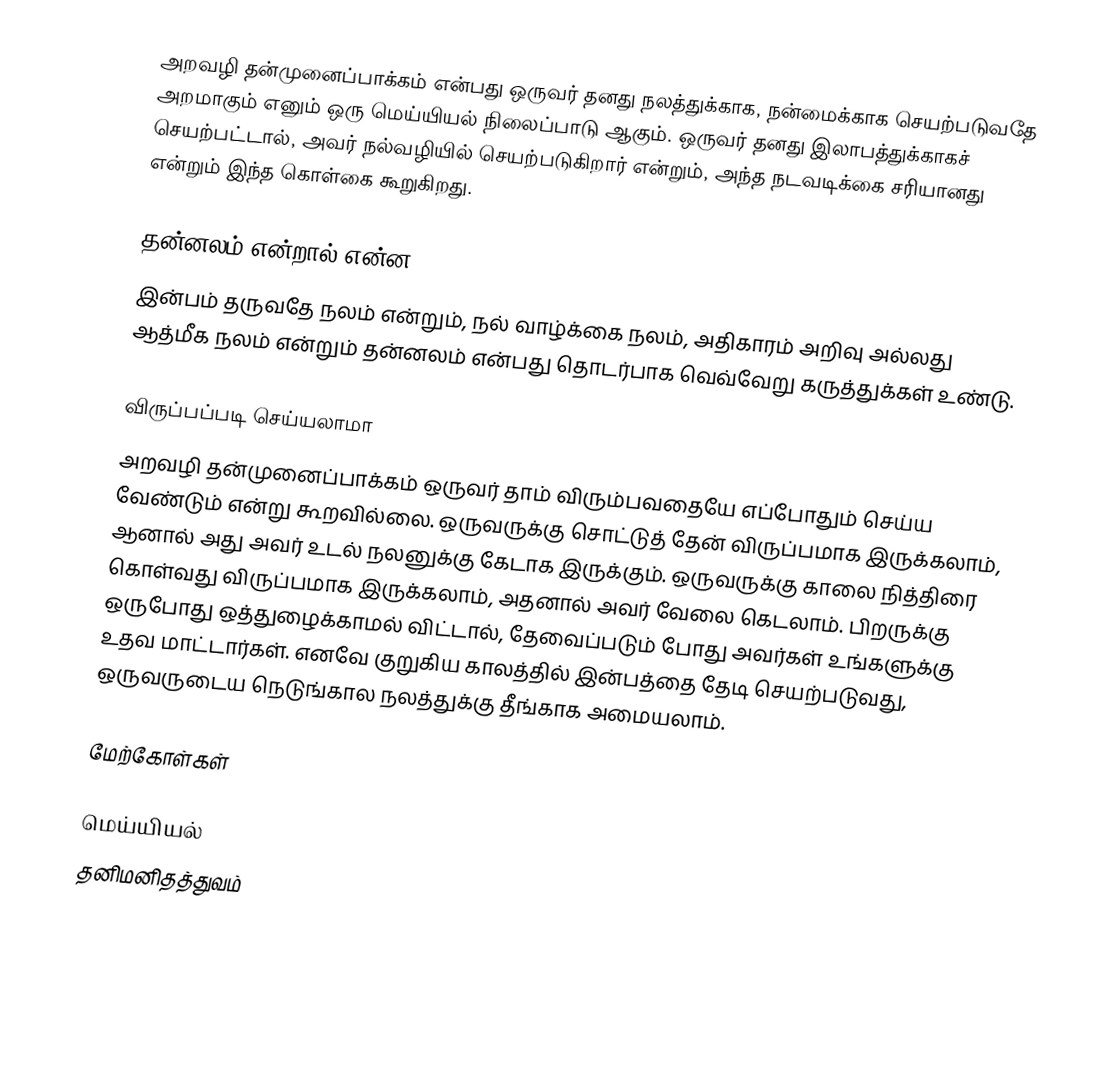
அறவழி தன்முனைப்பாக்கம் என்பது ஒருவர் தனது நலத்துக்காக, நன்மைக்காக செயற்படுவதே அறமாகும் எனும் ஒரு மெய்யியல் நிலைப்பாடு ஆகும். ஒருவர் தனது இலாபத்துக்காகச் செயற்பட்டால், அவர் நல்வழியில் செயற்படுகிறார் என்றும், அந்த நடவடிக்கை சரியானது என்றும் இந்த கொள்கை கூறுகிறது.

தன்னலம் என்றால் என்ன
இன்பம் தருவதே நலம் என்றும், நல் வாழ்க்கை நலம், அதிகாரம் அறிவு அல்லது ஆத்மீக நலம் என்றும் தன்னலம் என்பது தொடர்பாக வெவ்வேறு கருத்துக்கள் உண்டு.

விருப்பப்படி செய்யலாமா
அறவழி தன்முனைப்பாக்கம் ஒருவர் தாம் விரும்பவதையே எப்போதும் செய்ய வேண்டும் என்று கூறவில்லை. ஒருவருக்கு சொட்டுத் தேன் விருப்பமாக இருக்கலாம், ஆனால் அது அவர் உடல் நலனுக்கு கேடாக இருக்கும். ஒருவருக்கு காலை நித்திரை கொள்வது விருப்பமாக இருக்கலாம், அதனால் அவர் வேலை கெடலாம். பிறருக்கு ஒருபோது ஒத்துழைக்காமல் விட்டால், தேவைப்படும் போது அவர்கள் உங்களுக்கு உதவ மாட்டார்கள். எனவே குறுகிய காலத்தில் இன்பத்தை தேடி செயற்படுவது, ஒருவருடைய நெடுங்கால நலத்துக்கு தீங்காக அமையலாம்.

மேற்கோள்கள்

மெய்யியல்
தனிமனிதத்துவம்